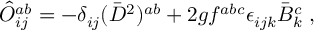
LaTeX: \hat { O } _ { i j } ^ { a b } = - \delta _ { i j } ( \bar { D } ^ { 2 } ) ^ { a b } + 2 g f ^ { a b c } \epsilon _ { i j k } \bar { B } _ { k } ^ { c } \; ,